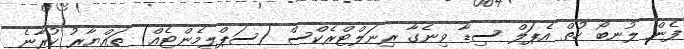
ފެން ލުނބޯ ހުތް އެޕަލް ސިޑާ ވިނެގާ ރިނަލްޓްރެކްސް (ސަޕްލިމެންޓެއް) ތައްޔާރު ކުރާނެ